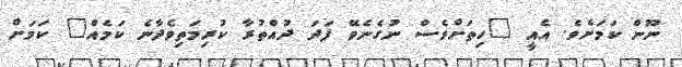
ނޫން ކަމަށެވެ. އެއީ "ހިތަށްވެސް ނުގެނެވޭ ފަދަ ދުއްތުރާ ކުރިމަތިވެދާނެ ކަމެއް" ކަމަށް